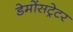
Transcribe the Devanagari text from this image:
डेमोंसट्रेटर